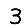
Digit: 3